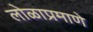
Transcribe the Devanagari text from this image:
लोळाप्रमाणे